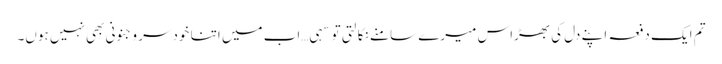
تم ایک دفعہ اپنے دل کی بھڑاس میرے سامنے نکالتی تو سہی…اب میں اتنا خودسر و جنونی بھی نہیں ہوں۔